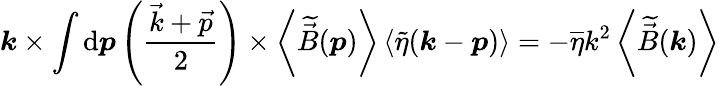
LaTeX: \boldsymbol{k}\times\int\mathrm{d}\boldsymbol{p}\left(\frac{\vec{k}+\vec{p}}{2}\right)\times\left<\widetilde{\vec{B}}(\boldsymbol{p})\right>\left<\widetilde{\eta}(\boldsymbol{k}-\boldsymbol{p})\right>=-\overline{{\eta}}k^{2}\left<\widetilde{\vec{B}}(\boldsymbol{k})\right>